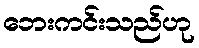
ဘေးကင်းသည်ဟု